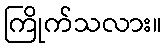
ကြိုက်သလား။